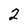
Character: 2